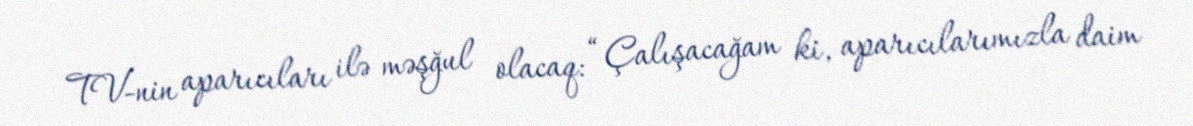
TV-nin aparıcıları ilə məşğul olacaq: “Çalışacağam ki, aparıcılarımızla daim